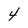
Character: 4